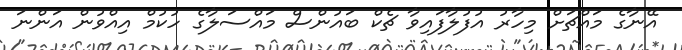
އޭނާގެ މައްޗަށް މިހާރު އުފުލާފައިވާ ޗެކް ބައުންސް މައްސަލާގެ ހުކުމް އިއްވުން އަންނަ